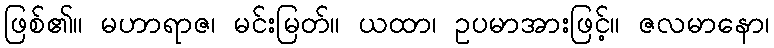
ဖြစ်၏။ မဟာရာဇ၊ မင်းမြတ်။ ယထာ၊ ဥပမာအားဖြင့်။ ဇလမာနော၊